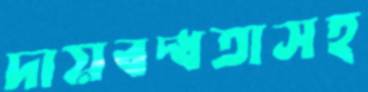
দায়বদ্ধতাসহ